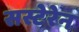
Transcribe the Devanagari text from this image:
सस्टेरेन